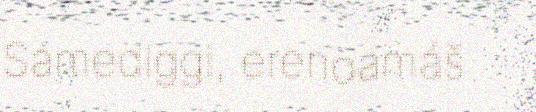
Sámediggi, erenoamáš